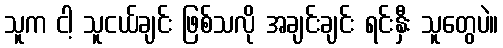
သူက ငါ့ သူငယ်ချင်း ဖြစ်သလို အချင်းချင်း ရင်းနှီး သူတွေပဲ။